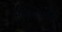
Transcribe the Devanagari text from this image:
मंजिलोंवाले